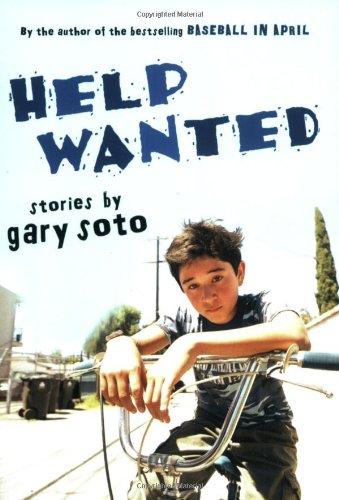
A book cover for Help Wanted: Stories; Gary Soto; Teen & Young Adult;